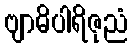
ဗျာဓိပါရိဇုညံ